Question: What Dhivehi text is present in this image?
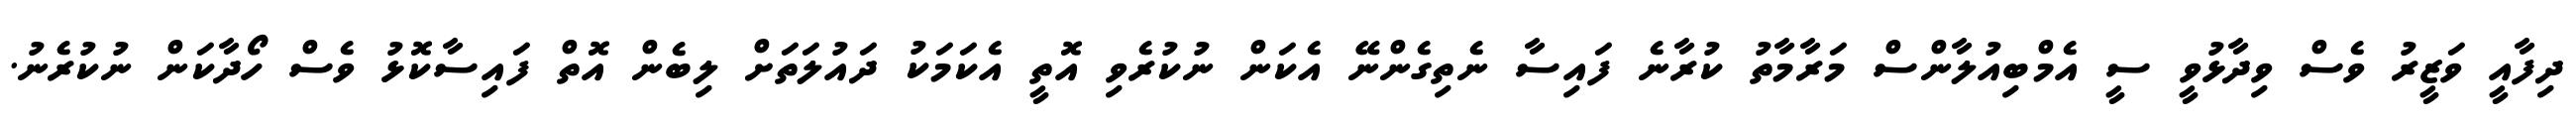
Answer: ދިފާއީ ވަޒީރު ވެސް ވިދާޅުވީ ސީ އެމްބިއުލާންސް މަރާމާތު ކުރާނެ ފައިސާ ނެތިގެންނޭ އެކަން ނުކުރެވި އޮތީ އެކަމަކު ދައުލަތަށް ލިބެން އޮތް ފައިސާކޮޅު ވެސް ހޯދާކަން ނުކުރެނު.